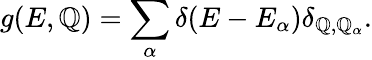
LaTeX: g(E,\mathbb{Q})=\sum_{\alpha}\delta(E-E_{\alpha})\delta_{\mathbb{Q},\mathbb{Q}_{\alpha}}.